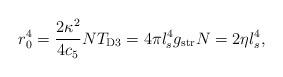
LaTeX: \begin{align*}r_0^4=\frac{2\kappa^2}{4c_5}NT_{\rm D3}=4\pi l_s^4g_{\rm str}N=2\eta l_s^4,\end{align*}